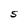
Character: S